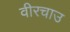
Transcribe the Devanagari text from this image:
वीरचाउ